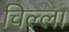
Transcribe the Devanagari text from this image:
चिल्‍ला